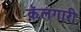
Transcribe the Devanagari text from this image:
कॅलगारी